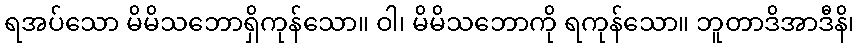
ရအပ်သော မိမိသဘောရှိကုန်သော။ ဝါ၊ မိမိသဘောကို ရကုန်သော။ ဘူတာဒိအာဒီနိ၊